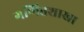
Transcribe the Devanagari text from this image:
गणितशाखा